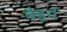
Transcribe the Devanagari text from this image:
बैडूर्य